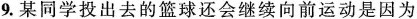
9.某同学投出去的篮球还会继续向前运动是因为